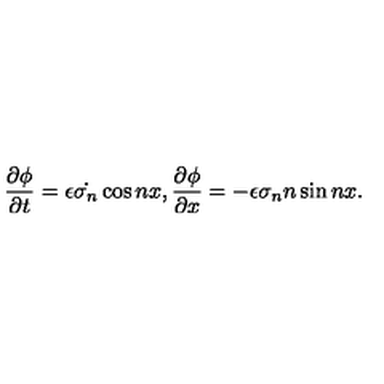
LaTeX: \frac { \partial \phi } { \partial t } = \epsilon \dot { \sigma _ { n } } \cos n x , \frac { \partial \phi } { \partial x } = - \epsilon \sigma _ { n } n \sin n x .